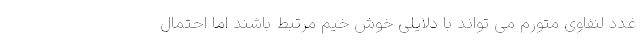
غدد لنفاوی متورم می تواند با دلایلی خوش خیم مرتبط باشند اما احتمال